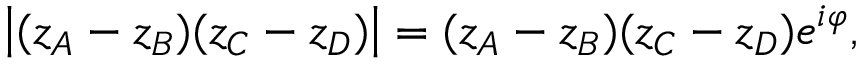
\left| ( z _ { A } - z _ { B } ) ( z _ { C } - z _ { D } ) \right| = ( z _ { A } - z _ { B } ) ( z _ { C } - z _ { D } ) e ^ { i \varphi } , \quad